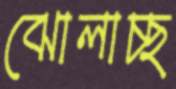
ঝোলাচ্ছ